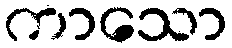
ကာသော